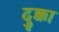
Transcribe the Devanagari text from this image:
दुक्का